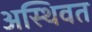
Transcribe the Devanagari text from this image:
अस्थिवत